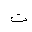
Letter: _ta